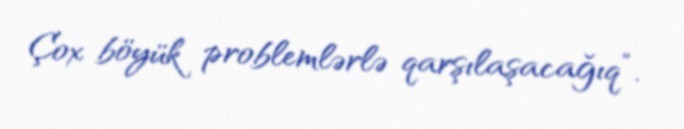
Çox böyük problemlərlə qarşılaşacağıq”.